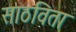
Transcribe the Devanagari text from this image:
साठविता